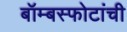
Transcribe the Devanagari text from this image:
बॉम्बस्फोटांची